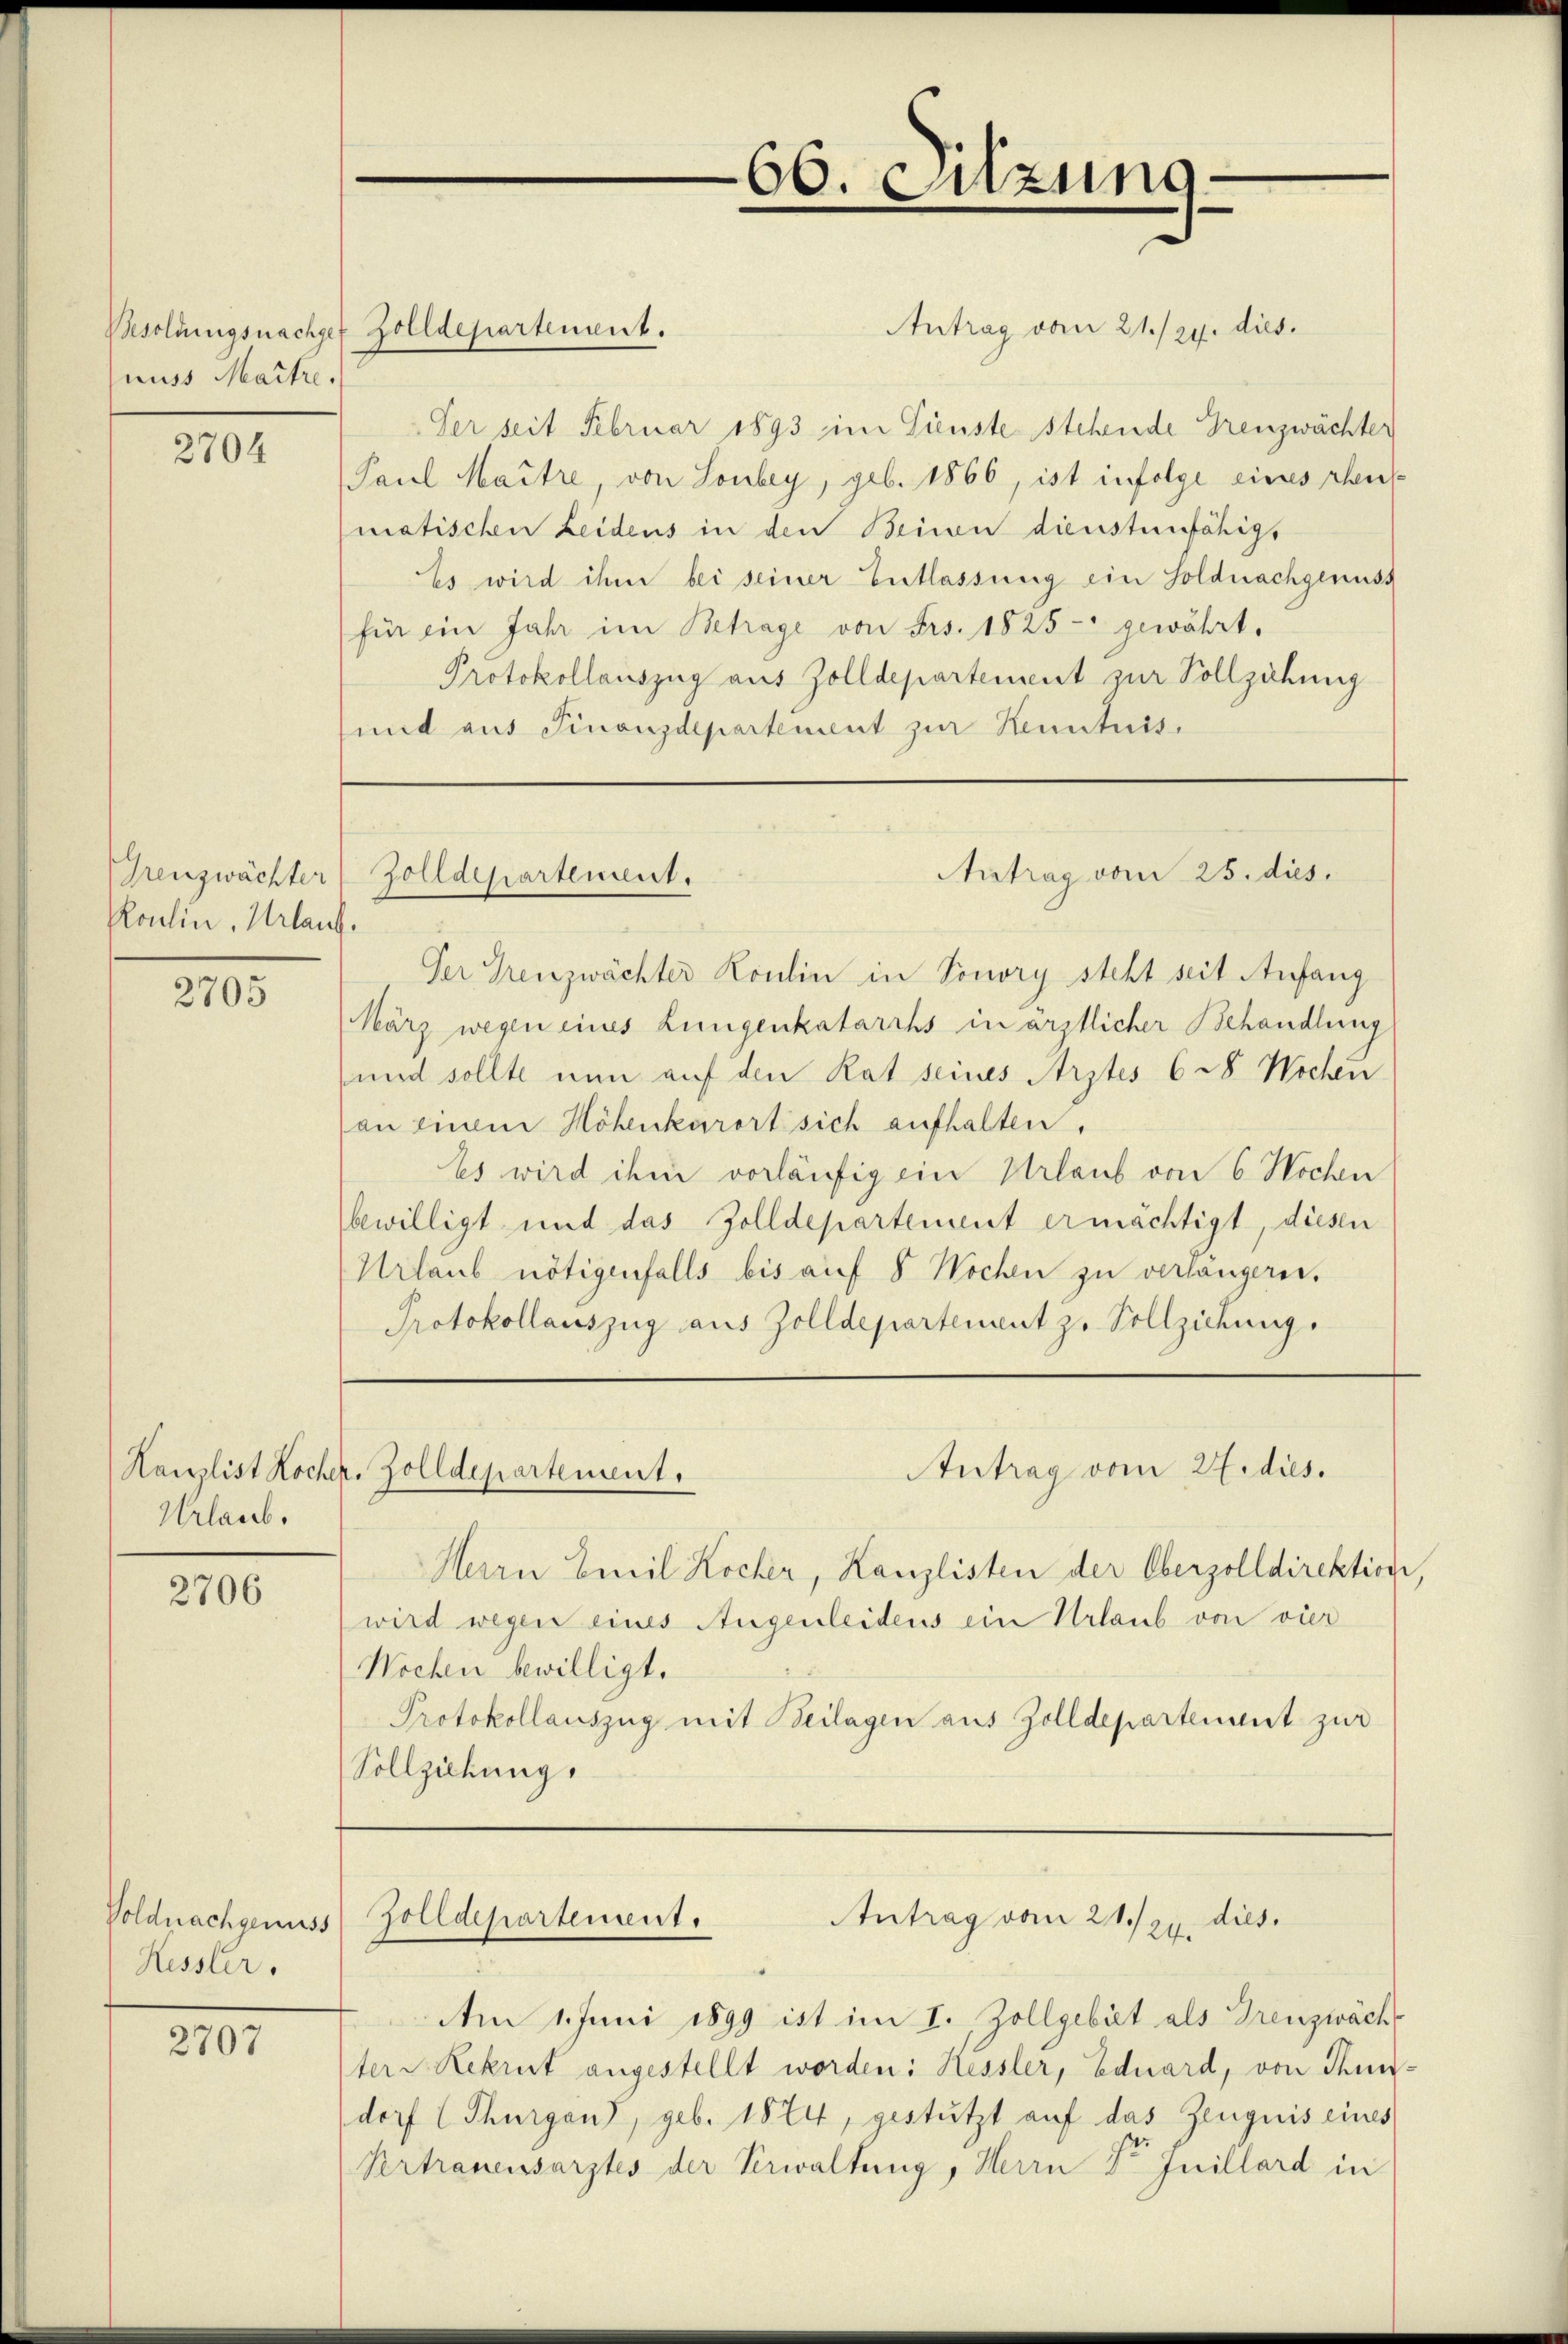
nuss Maitre.

2704

Greuzwächter
Koulin, Urlauf.

2705

Urlaub.

2706

Voldnachgenuss
Kessler.

2707

Antrag vom 21./24. dies
Der seit Februar 1893 im Dienste stehende Treuzwächter
Paul Maitre von Sonbey, geb. 1866, ist infolge eines rheu
matischen Leidens in den Beinen dienstunfähigs
Es wird ihm bei seiner Entlassung ein Soldnachgenuss
für ein Jahr im Betrage von Frs. 1825 - gewährt.
Protokollauszug aus Zolldepartement zur Vollzähung
und aus Finanzdepartement zur Kenntnis.

Besoldungsnachger Zolldepartement.

Antrag vom 25. dies.
Zolldepartement.

Hanzlist Kocher. Zolldepartement.

66. Sitzung

Antrag vom 27. dies.

Zolldepartement.
Antrag vom 21./ zu. dies

Der Grenzwächter Roulin in Sonory steht seit Anfang
März wegen eines Lungenkatarrhs in ärztlicher Behandlung
und sollte nun auf den Rat seines Arztes 6 28. Wochen
an einem Höhenkarort sich aufhalten.
Es wird ihm vorläufig ein Urlaub von 6 Wochen
bewilligt und das Zolldepartement ermächtigt, diesen
Urlaub nötigenfalls bis auf 8 Wochen zu verlangern.
Protokollauszug aus Zolldepartement zu Vollziehung.

Herrn Emil Kocher, Kanzlisten der Oberzolldirektion,
wird wegen eines Augenleidens ein Urlaub von vier
Wochen bewilligt.
Protokollauszug mit Beilagen aus Zolldepartement zur
Vollziehung,

Am 1. Juni 1899 ist im I. Zollgebiet als Treuzwäch
tere Rekrut angestellt worden: Kessler, Eduard, von Thundorf ( Thurgans, geb. 1874, gestützt auf das Zeugnis eines
Vertrauensarztes der Verwaltung, Herrn Vor Juillard in